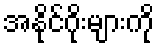
အနိုင်ဂိုးများကို